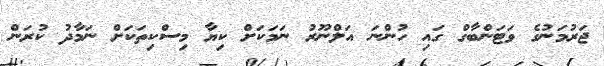
ޖަރުމަނުގެ ވަޓަންބާގް ގައި ހުންނަ އަލްނޫރު ނަމަކަށް ކިޔާ މިސްކިތަކަށް ނަމާދު ކުރަން